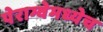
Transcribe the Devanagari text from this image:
पेराग्वेमध्येच